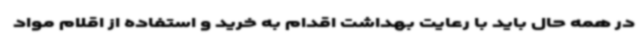
در همه حال باید با رعایت بهداشت اقدام به خرید و استفاده از اقلام مواد